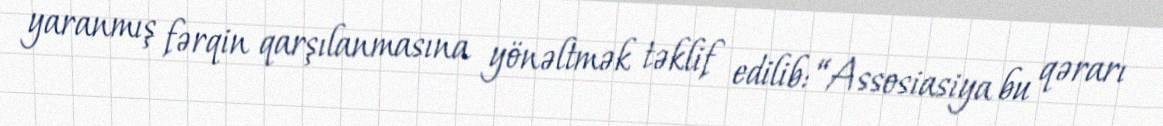
yaranmış fərqin qarşılanmasına yönəltmək təklif edilib: “Assosiasiya bu qərarı